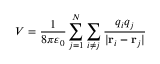
V = { \frac { 1 } { 8 \pi \varepsilon _ { 0 } } } \sum _ { j = 1 } ^ { N } \sum _ { i \neq j } { \frac { q _ { i } q _ { j } } { | \mathbf { r } _ { i } - \mathbf { r } _ { j } | } }